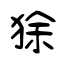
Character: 狳